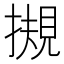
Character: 摫